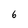
Character: 6